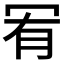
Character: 𠖅